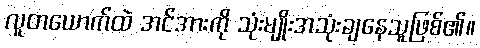
လူတယောက်ထဲ အင်အားကို သုံးမျိုးအသုံးချနေသူဖြစ်၏။